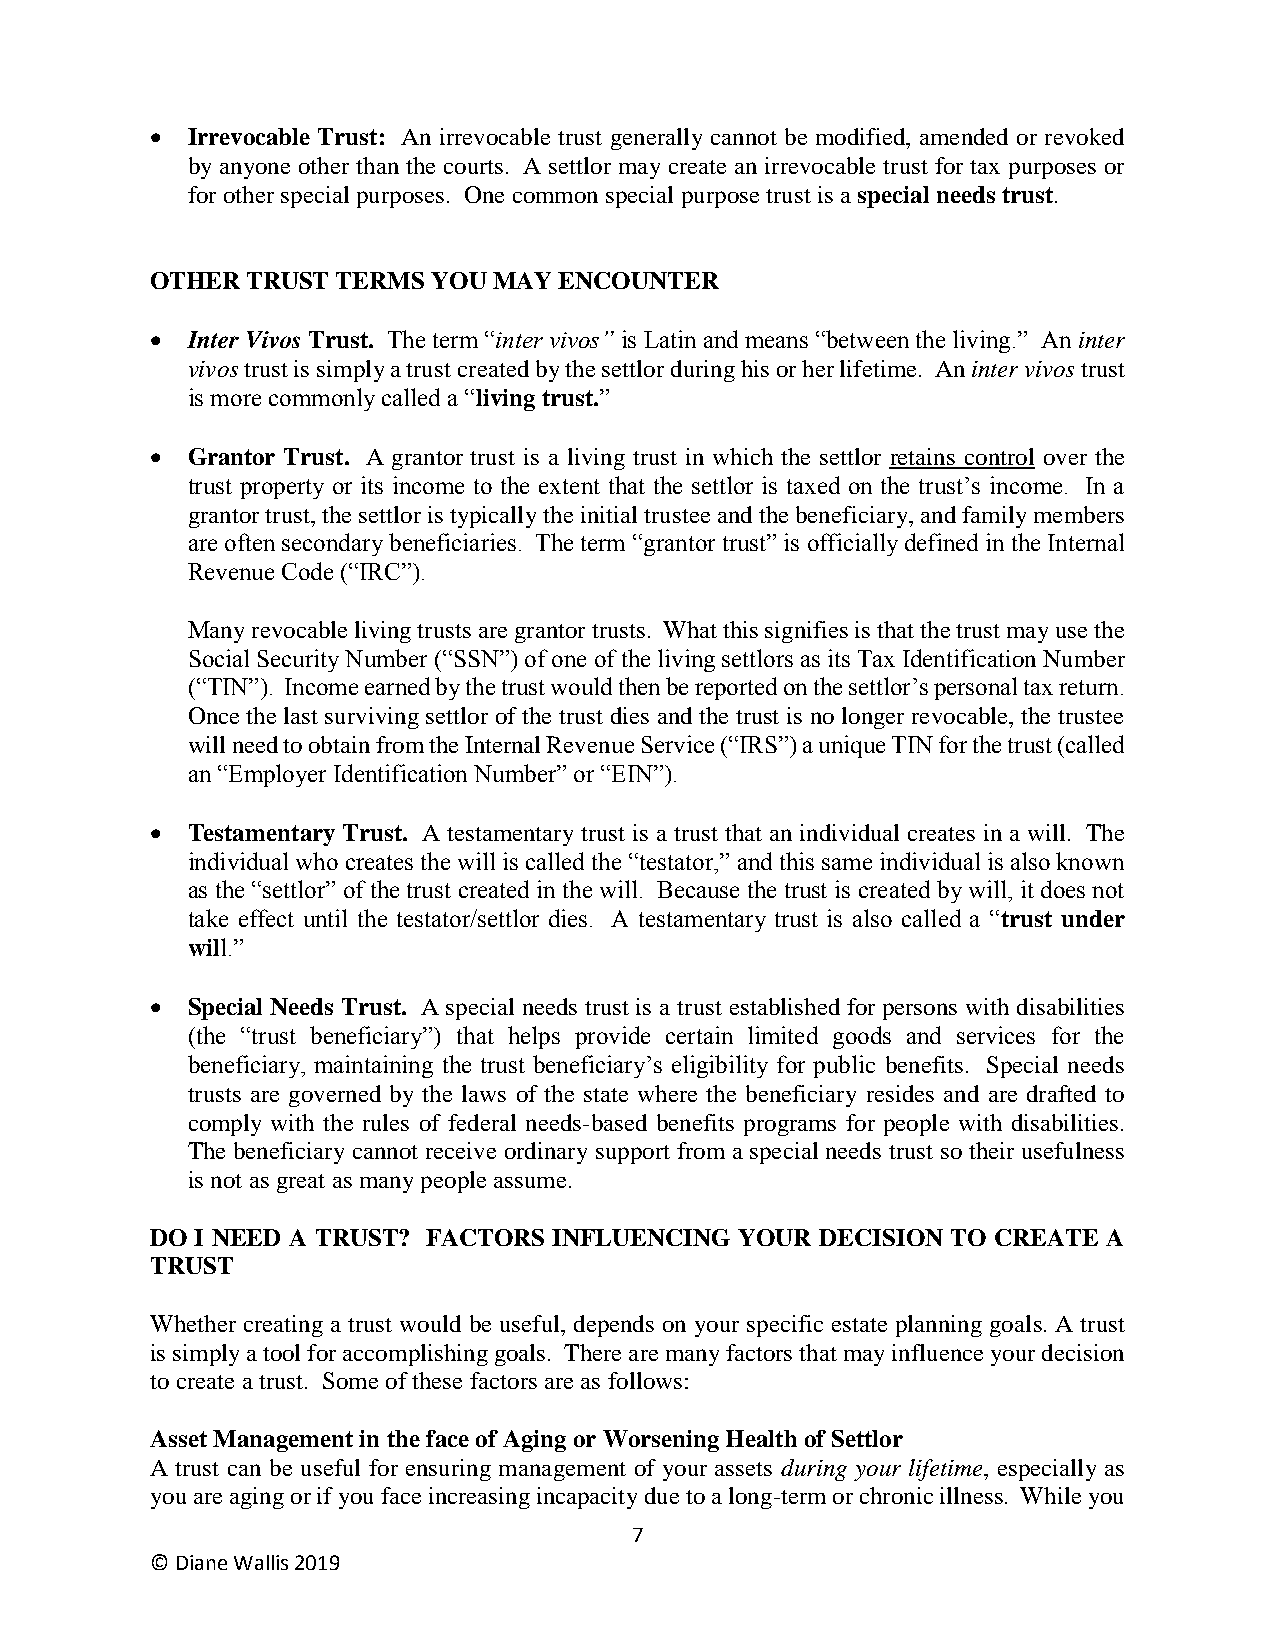
• Irrevocable Trust: An irrevocable trust generally cannot be modified, amended or revoked
 by anyone other than the courts. A settlor may create an irrevocable trust for tax purposes or
 for other special purposes. One common special purpose trust is a special needs trust.
 OTHER TRUST TERMS  YOU MAY ENCOUNTER
 • Inter Vivos Trust. The term “inter vivos” is Latin and means “between the living.” An inter
 vivos trust is simply a trust created by the settlor during his or her lifetime. An inter vivos trust
 is more commonly called a “living trust.”
 • Grantor Trust. A grantor trust is a living trust in which the settlor retains control over the
 trust property or its income to the extent that the settlor is taxed on the trust’s income. In a
 grantor trust, the settlor is typically the initial trustee and the beneficiary, and family members
 are often secondary beneficiaries. The term “grantor trust” is officially defined in the Internal
 Revenue Code (“IRC”).
 Many revocable living trusts are grantor trusts. What this signifies is that the trust may use the
 Social Security Number (“SSN”) of one of the living settlors as its Tax Identification Number
 (“TIN”). Income earned by the trust would then be reported on the settlor’s personal tax return.
 Once the last surviving settlor of the trust dies and the trust is no longer revocable, the trustee
 will need to obtain from the Internal Revenue Service (“IRS”) a unique TIN for the trust (called
 an “Employer Identification Number” or “EIN”).
 • Testamentary Trust. A testamentary trust is a trust that an individual creates in a will. The
 individual who creates the will is called the “testator,” and this same individual is also known
 as the “settlor” of the trust created in the will. Because the trust is created by will, it does not
 take effect until the testator/settlor dies. A testamentary trust is also called a “trust under
 will.”
 • Special Needs Trust. A special needs trust is a trust established for persons with disabilities
 (the “trust beneficiary”) that helps provide certain limited goods and services for the
 beneficiary, maintaining the trust beneficiary’s eligibility for public benefits. Special needs
 trusts are governed by the laws of the state where the beneficiary resides and are drafted to
 comply with the rules of federal needs-based benefits programs for people with disabilities.
 The beneficiary cannot receive ordinary support from a special needs trust so their usefulness
 is not as great as many people assume.
 DO I NEED A TRUST? FACTORS INFLUENCING YOUR DECISION TO CREATE A
 TRUST
 Whether creating a trust would be useful, depends on your specific estate planning goals. A trust
 is simply a tool for accomplishing goals. There are many factors that may influence your decision
 to create a trust. Some of these factors are as follows:
 Asset Management in the face of Aging or Worsening Health of Settlor
 A trust can be useful for ensuring management of your assets during your lifetime, especially as
 you are aging or if you face increasing incapacity due to a long-term or chronic illness. While you
 7
 © Diane Wallis 2019